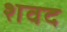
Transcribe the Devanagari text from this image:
शवद